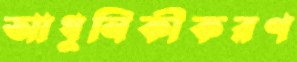
আধুনিকীকরণ